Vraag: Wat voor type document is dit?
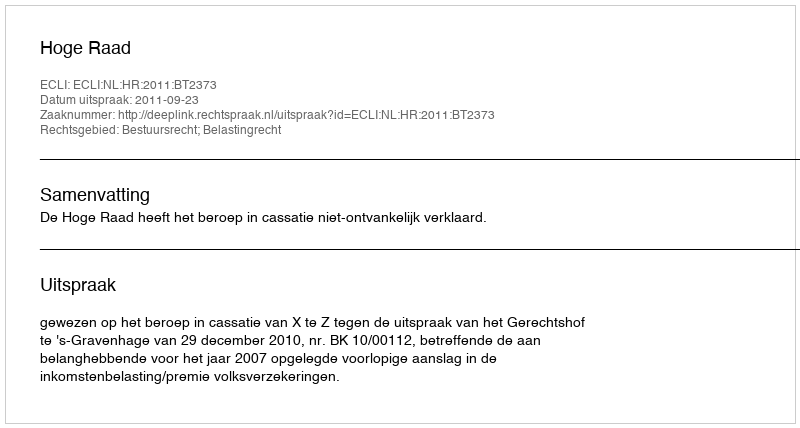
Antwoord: Uitspraak